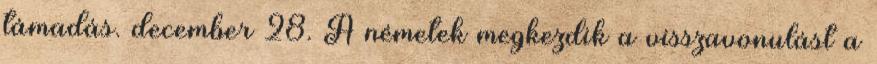
támadás. december 28. A németek megkezdik a visszavonulást a